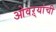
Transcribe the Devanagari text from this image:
ओवऱ्यांची